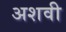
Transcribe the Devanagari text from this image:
अशवी